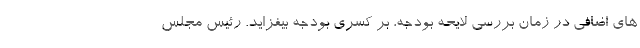
های اضافی در زمان بررسی لایحه بودجه، بر کسری بودجه بیفزاید. رئیس مجلس